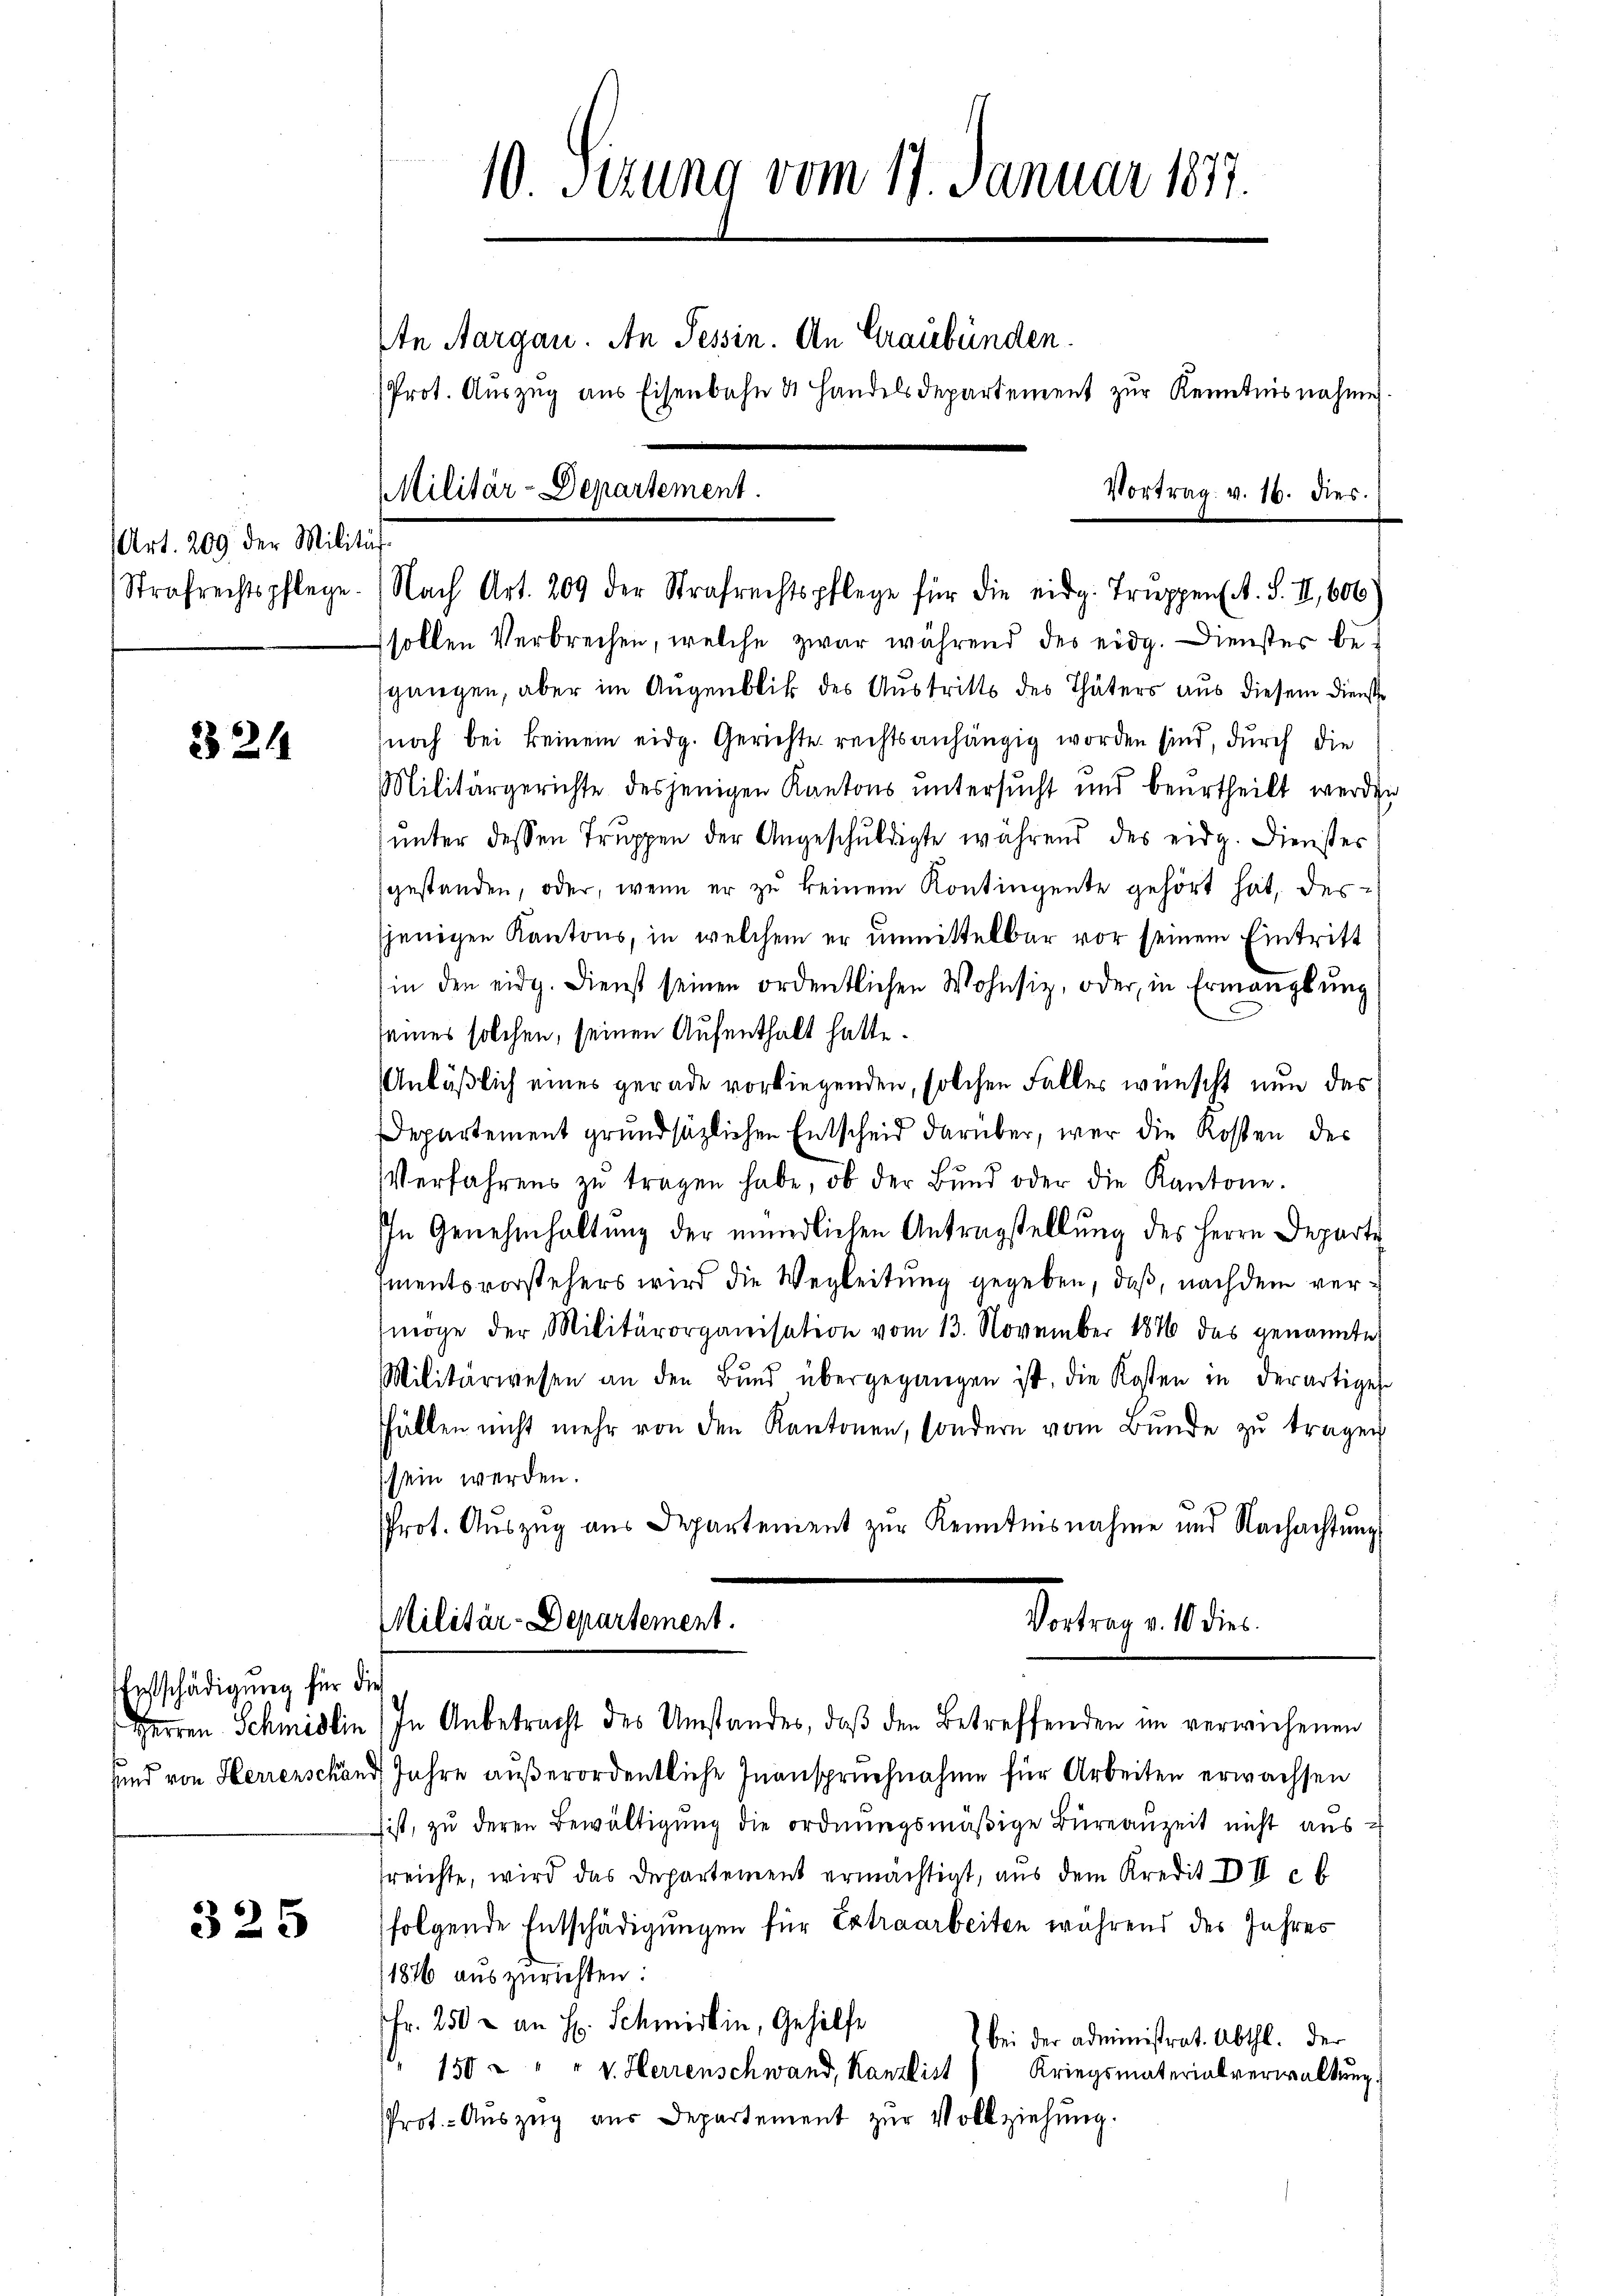
Art. 209 der Militär
Strafrechtspflege

324

Festschädigung für die

325

10. Sizung vom 17. Januar 1877.
Ite Aargau. An Tessin. An Graubünden.
(Prot. Aŭszŭg ans Eisenbahn & Handelsdepartement zŭr Kenntnisnahme
Militär-Departement.
Vortrag v. 16. dies

Nach Art. 209 der Strafrechtspflege für die eidg. Truppens. S. II., 606
sollen Verbrechen, welche zwar während des eidg. Dienster begangen, aber im Augenblick des Austritts des Thäters aus diesem Dienste
noch bei keinem eidg. Gerichte rechts anhängig worden sind, durch die
Militärgerichte desjenigen Kantons untersucht und beurtheilt werden
unter dessen Truppen der Angeschuldigte während des eidg. Dienstes
gestanden, oder, wenn er zu keinem Kontingente gehört hat, dersjenigen Kantons, in welchem er unmittelbar vor seinem Eintritt
(in den eidg. Dienst seinen ordentlichen Wohnsiz, oder in Ermanglung
seines solchen, seinen Aufenthalt hatte.
Anläßlich eines gerade vorliegenden, solchen Faller wünscht nun das
Departement grundsätzlichen Entscheid darüber, wer die Kosten des
Verfahrens zŭ tragen habe, ob der Bŭnd oder die Kantone.
In Genehmhaltung der mündlichen Antragstellung des Herrn Departe
mentsvorstehers wird die Wegleitung gegeben, daß, nachdem vermöge der Militärorganisation vom 13. November 1876 das genannte
Militärwesen an den Bŭnd übergegangen ist, die Kosten in derartiges
Fällen nicht mehr von den Kantonen, sondern vom Bunde zu tragen
schein werden.
Prot. Auszug aus Departement zur Kenntnisnahme und Nachachtung
Militär-Departement.
Vortrag v. 10 dies.
Herren Schmidlin (In Anbetracht des Umstandes, daβ den Betreffenden im verwichenen
sund von Herrenschand Jahre außerordentliche Inanspruchnahme für Arbeiten erwachsen
sist, zu deren Bewältigung die ordnungsmäßige Büreauzeit nicht aussreichte, wird das Departement ermächtigt, aus dem Kredit III c b
folgende Entschädigungen für Extraarbeiten während des Jahres
(1816 auszurichten:
Fr. 250 - an H. Schmidlin, Gehilfe
) bei der administrat. Abthl. der
150 " " " v. Herrenschwand, Kanzlist (Kriegsmaterialverwaltung.
Prot.- Auszug aus Departement zur Vollziehung.